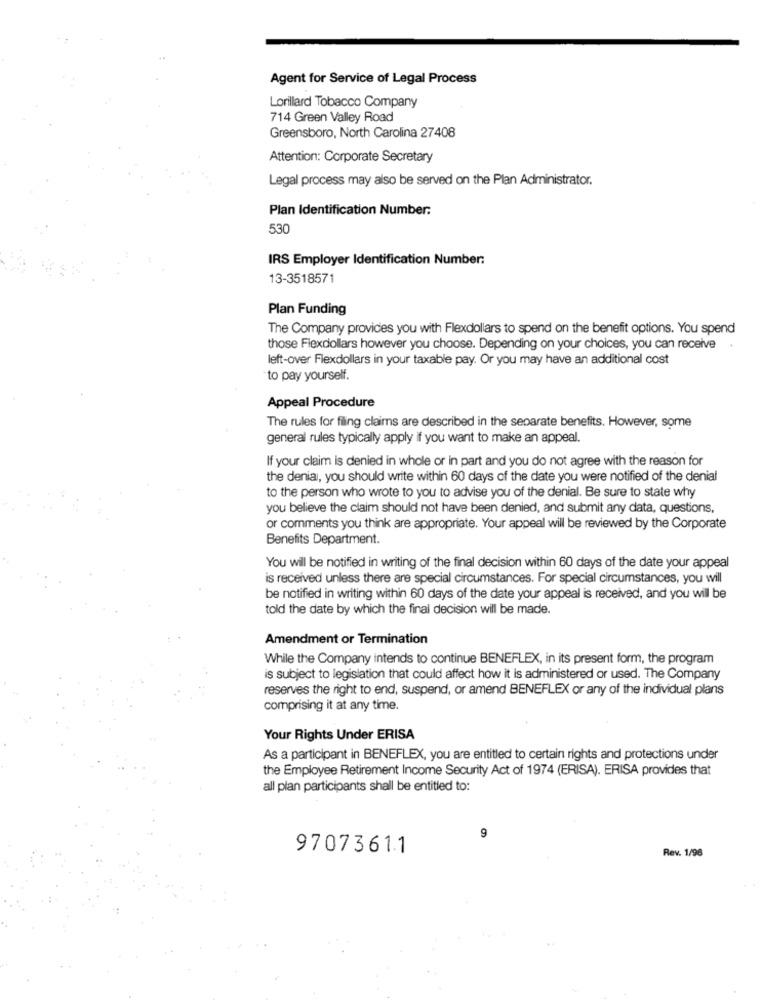
Agent for Service of Legal Process
Lorillard Tobacco Company
714 Green Valley Road
Greensboro, North Carolina 27408
Attention: Corporate Secretary
Legal process may also be served on the Plan Administrator.
Plan Identification Number:
530
IRS Employer Identification Number:
13-3518571
Plan Funding
The Company provides you with Flexdollars to spend on the benefit options. You spend
those Flexdollars however you choose. Depending on your choices, you can receive
left-over Flexdollars in your taxable pay. Or you may have an additional cost
to pay yourself.
Appeal Procedure
The rules for filing claims are described in the separate benefits. However, some
general rules typically apply if you want to make an appeal.
If your claim is denied in whole or in part and you do not agree with the reason for
the denial, you should write within 60 days of the date you were notified of the denial
to the person who wrote to you to advise you of the denial. Be sure to state why
you believe the claim should not have been denied, and submit any data, questions,
or comments you think are appropriate. Your appeal will be reviewed by the Corporate
Benefits Department.
You will be notified in writing of the final decision within 60 days of the date your appeal
is received unless there are special circumstances. For special circumstances, you will
be notified in writing within 60 days of the date your appeal is received, and you will be
told the date by which the final decision will be made.
Amendment or Termination
While the Company intends to continue BENEFLEX, in its present form, the program
is subject to legislation that could affect how it is administered or used. The Company
reserves the right to end, suspend, or amend BENEFLEX or any of the individual plans
comprising it at any time.
Your Rights Under ERISA
As a participant in BENEFLEX, you are entitled to certain rights and protections under
the Employee Retirement Income Security Act of 1974 (ERISA). ERISA provides that
all plan participants shall be entitled to:
9
97073611
Rev. 1/98